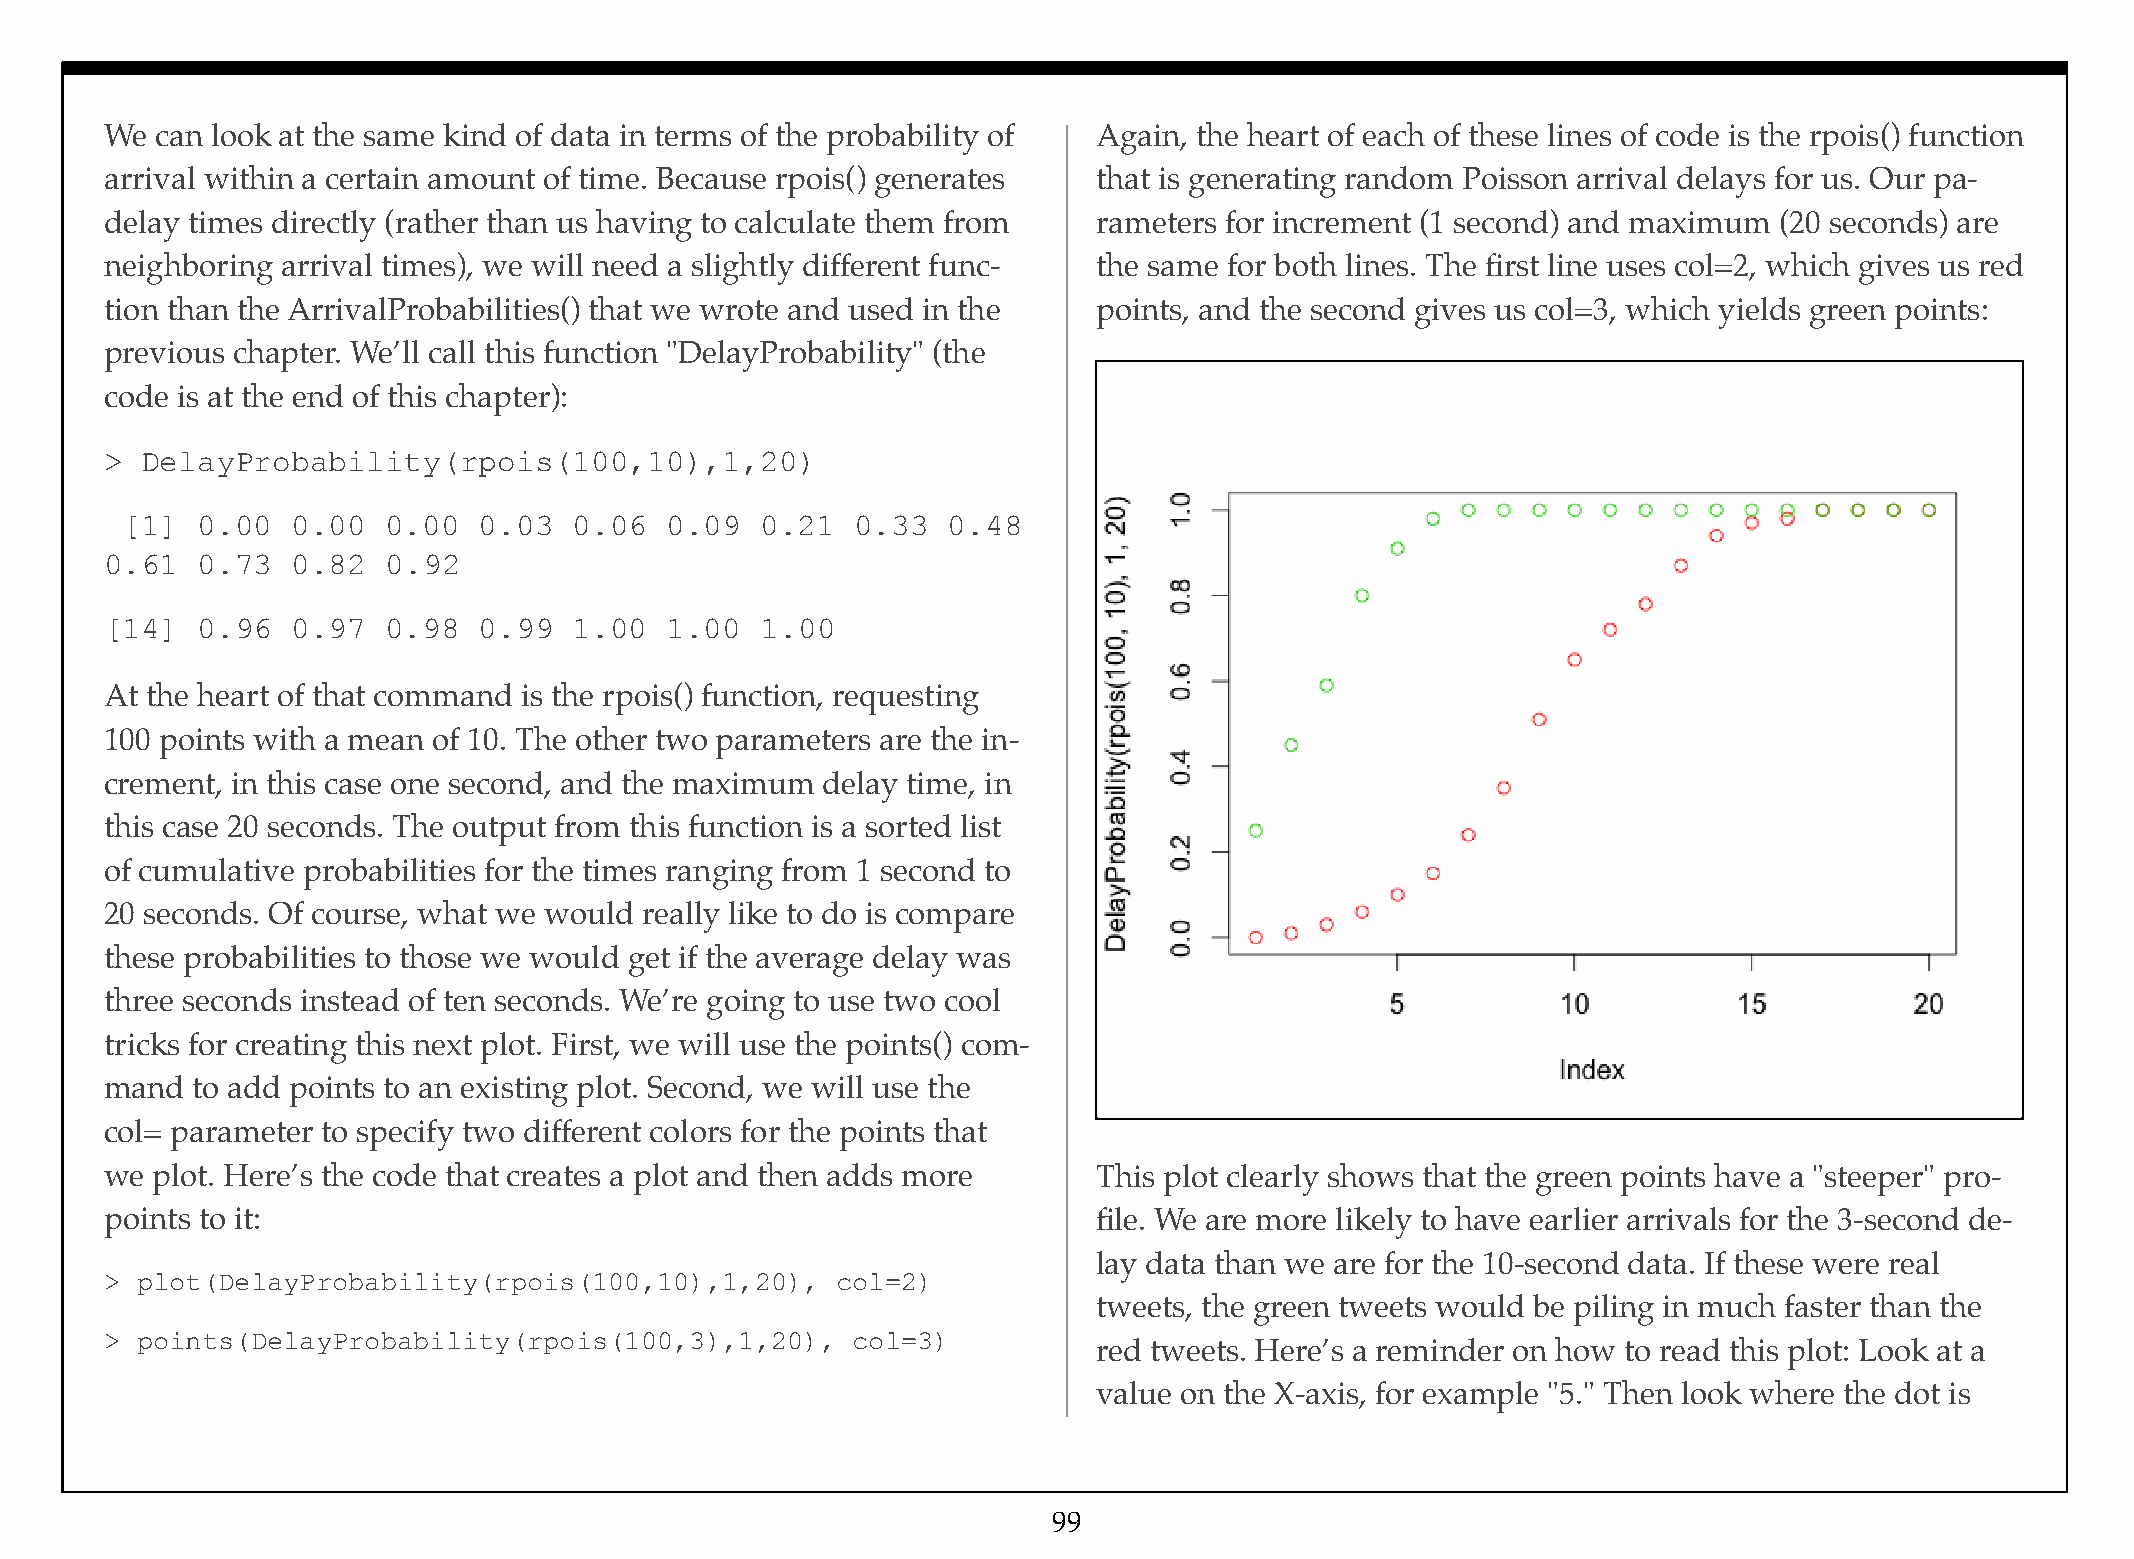
We can look at the same kind of data in terms of the probability of Again, the heart of each of these lines of code is the rpois() function
 arrival within a certain amount of time. Because rpois() generates that is generating random Poisson arrival delays for us. Our pa-
 delay times directly (rather than us having to calculate them from rameters for increment (1 second) and maximum (20 seconds) are
 neighboring arrival times), we will need a slightly different func- the same for both lines. The first line uses col=2, which gives us red
 tion than the ArrivalProbabilities() that we wrote and used in the points, and the second gives us col=3, which yields green points:
 previous chapter. We’ll call this function "DelayProbability" (the
 code is at the end of this chapter):
 > DelayProbability(rpois(100,10),1,20)
 [1]  0.00  0.00   0.00  0.03  0.06  0.09  0.21   0.33  0.48
 0.61  0.73  0.82   0.92
 [14]  0.96  0.97   0.98  0.99  1.00  1.00  1.00
 At the heart of that command is the rpois() function, requesting
 100 points with a mean of 10. The other two parameters are the in-
 crement, in this case one second, and the maximum delay time, in
 this case 20 seconds. The output from this function is a sorted list
 of cumulative probabilities for the times ranging from 1 second to
 20 seconds. Of course, what we would really like to do is compare
 these probabilities to those we would get if the average delay was
 three seconds instead of ten seconds. We’re going to use two cool
 tricks for creating this next plot. First, we will use the points() com-
 mand  to add points to an existing plot. Second, we will use the
 col= parameter to specify two different colors for the points that
 we plot. Here’s the code that creates a plot and then adds more   This plot clearly shows that the green points have a "steeper" pro-
 points to it:                                                     file. We are more likely to have earlier arrivals for the 3-second de-
 lay data than we are for the 10-second data. If these were real
 > plot(DelayProbability(rpois(100,10),1,20),    col=2)
 tweets, the green tweets would be piling in much faster than the
 > points(DelayProbability(rpois(100,3),1,20),    col=3)
 red tweets. Here’s a reminder on how to read this plot: Look at a
 value on the X-axis, for example "5." Then look where the dot is
 99